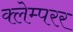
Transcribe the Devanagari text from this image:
क्लेम्परर